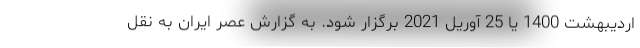
اردیبهشت 1400 یا 25 آوریل 2021 برگزار شود. به گزارش عصر ایران به نقل